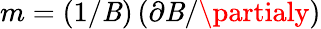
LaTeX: m=\left(1/\mathit{B}\right)\left(\partial\mathit{B}/\partialy\right)